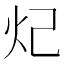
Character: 𬉺